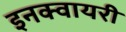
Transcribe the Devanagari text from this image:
इनक्वायरी